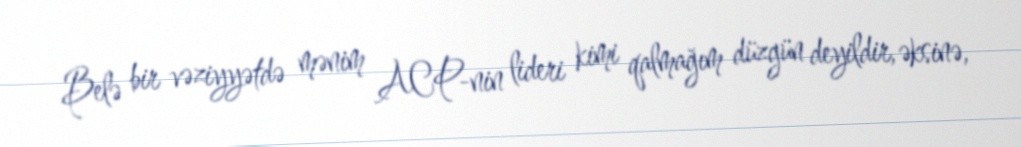
Belə bir vəziyyətdə mənim ACP-nin lideri kimi qalmağım düzgün deyildir, əksinə,